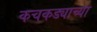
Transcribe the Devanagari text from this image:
कचकड्याच्या